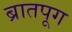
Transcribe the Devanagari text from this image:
ब्रातपूग